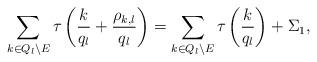
LaTeX: \begin{align*}\sum_{k \in Q_l \setminus E} \tau \left( \frac{k}{q_l} + \frac{\rho_{k,l}}{q_l} \right) = \sum_{k \in Q_l \setminus E} \tau \left( \frac{k}{q_l} \right) + \Sigma_1 ,\end{align*}